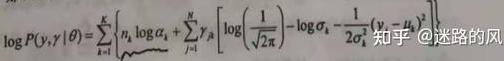
\[\log p(\mathcal{Y}, \gamma \mid \theta)=\sum_{i=1}^{K}\left[n_{i} \log \alpha_{i}\right]+\sum_{j=1}^{N}\left[\log \left(\frac{1}{\sqrt{2 \pi}}\right)-\log \sigma_{j}-\frac{1}{2 \sigma_{j}^{2}}\left(y_{j}-\mu_{k_{j}}\right)^{2}\right]\]